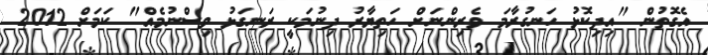
އެގޮތުން "އިދިކޮޅު ހަނގުރާމަ ވެރިންނަށް ހަތިޔާރު ދިނުމަކީ ރަނގަޅު ވިސްނުމެއް" ކަމަށް 2012